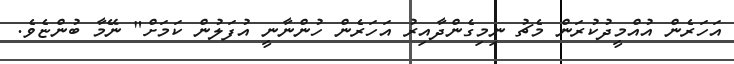
އަހަރެން އުއްމީދުކުރަން މެޗު ނިމިގެންދާއިރު އަހަރެން ހުންނާނީ އުފަލުން ކަމަށް" ނޭމާ ބުންޏެވެ.